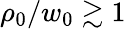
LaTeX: \rho_{0}/w_{0}\gtrsim 1